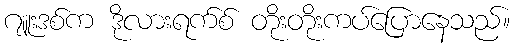
ဂျူးဒစ်က ဒိုလားရက်စ် တိုးတိုးကပ်ပြောနေသည်။